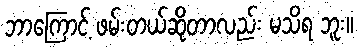
ဘာကြောင့် ဖမ်းတယ်ဆိုတာလည်း မသိရ ဘူး။